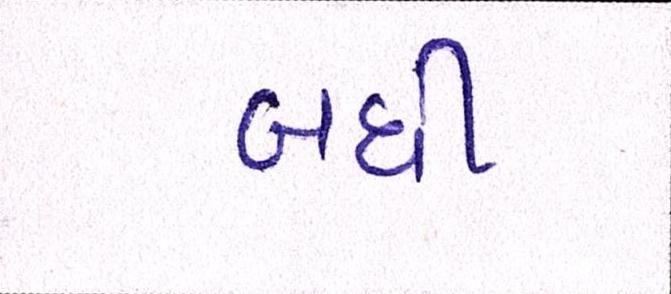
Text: બધી